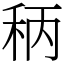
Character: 䄼